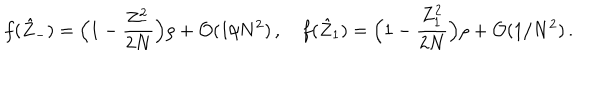
LaTeX: f ( \hat { Z } _ { - } ) = \Bigl ( 1 - { \frac { Z _ { - } ^ { 2 } } { 2 N } } \Bigr ) \rho + { \cal O } ( 1 / N ^ { 2 } ) \, , \quad f ( \hat { Z } _ { 1 } ) = \Bigl ( 1 - { \frac { Z _ { 1 } ^ { 2 } } { 2 N } } \Bigr ) \rho + { \cal O } ( 1 / N ^ { 2 } ) \, .